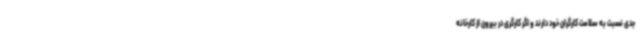
جدی نسبت به سلامت کارگران خود دارند و اگر کارگری در بیرون از کارخانه